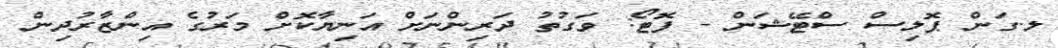
ލ.ގަން ޕޮލިސް ސްޓޭޝަން - ފޮޓޯ: ވަގުތު ދަރިންނަށް އަނިޔާކޮށް މަރުގެ އިންޒާރުދިން